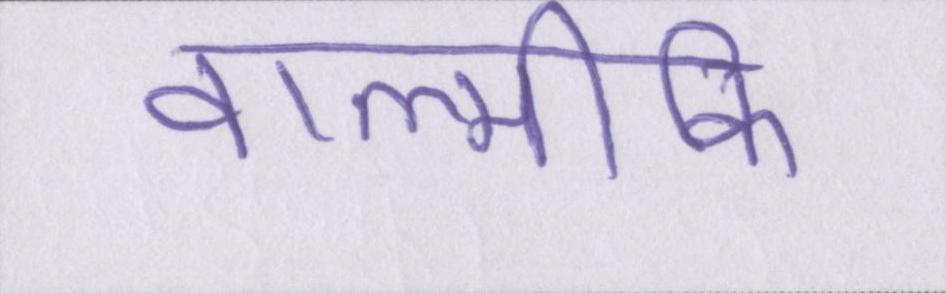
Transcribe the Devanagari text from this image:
वाल्मीकि